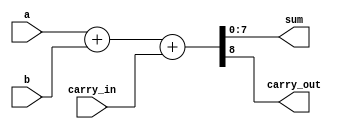
module adder_8bit (
    input  [7:0] a,      // 8-bit input a
    input  [7:0] b,      // 8-bit input b
    input        carry_in,    // Carry input
    output [7:0] sum,    // 8-bit sum output
    output       carry_out    // Carry output
);
    wire [8:0] temp_sum;
	assign temp_sum = {1'b0, a} + {1'b0, b} + carry_in;
    assign sum  = temp_sum[7:0];
    assign carry_out = temp_sum[8];

endmodule